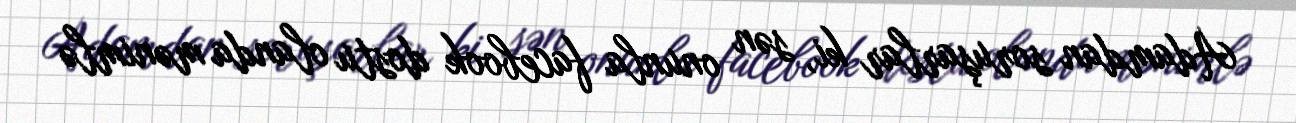
Adamdan soruşarlar ki, sən onunla facebook dostu olanda mənimlə